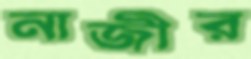
নাজীর